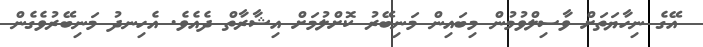
އޭގެ ނިހާޔަތަށް ވާސިލްވުމުން މިބައިން މަނިބޭރު ކޮށްލުމަށް އިޝާރާތް ދެއެވެ. އެހިނދު މަނިބޭރުވެގެން